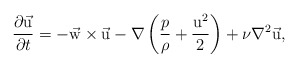
\begin{align*}{\partial \vec {\rm u} \over{\partial t}} = - \vec {\rm w} \times \vec {\rm u} - \nabla \left({p\over \rho} + {{\rm u}^2\over 2}\right) + \nu \nabla^2 \vec {\rm u}, \end{align*}